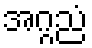
အဂ္ဂညံ